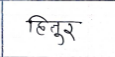
मजकूर: हितुर